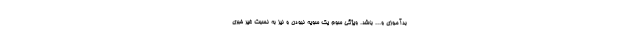
بدآموزی و... باشد. ویژگی سوم یک سویه نبودن و نیز به نسبت غیر خبری